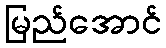
မြည်အောင်